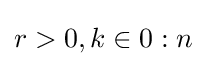
r>0,k\in 0:n